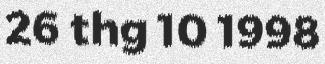
26 thg 10 1998